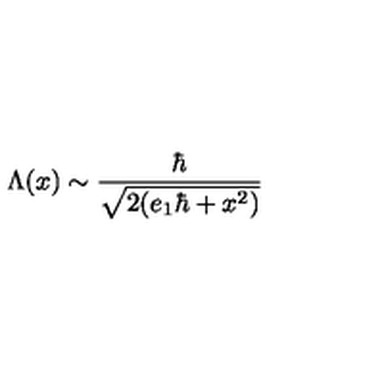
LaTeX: \Lambda ( x ) \sim \frac { \hbar } { \sqrt { 2 ( e _ { 1 } \hbar + x ^ { 2 } ) } }